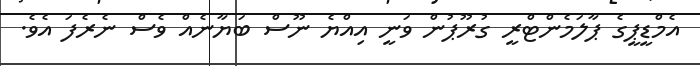
އެމްޑީޕީގެ ޕާލަމެންޓްރީ ގުރޫޕުން ވަނީ އިއްޔެ ނޫސް ބަޔާނެއް ވެސް ނެރެފަ އެވެ.